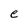
Character: e